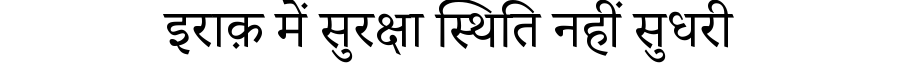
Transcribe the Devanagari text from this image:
इराक़ में सुरक्षा स्थिति नहीं सुधरी